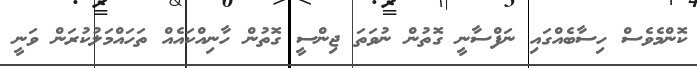
ކޮންމެވެސް ހިސާބެއްގައި ނަފްސާނީ ގޮތުން ނުވަތަ ޖިންސީ ގޮތުން ހާނިއްކައެއް ތަހައްމަލުކުރަން ވަނީ